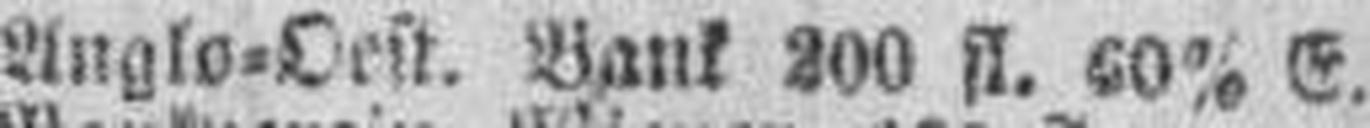
Angl=Oest. Bank 800 fl. 60% E.